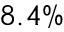
8 . 4 \%